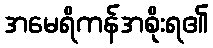
အမေရိကန်အစိုးရ၏